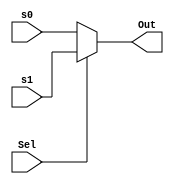
module MUX(
    input Sel,
    input [31:0] s0, s1,
    output [31:0] Out
    );
    assign Out = Sel ? s1 : s0;
endmodule